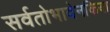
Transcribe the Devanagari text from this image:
सर्वतोभावेनकिया